Annual administration report of the Civil Veterinary Department of India - 1895-1896
Year: 1895
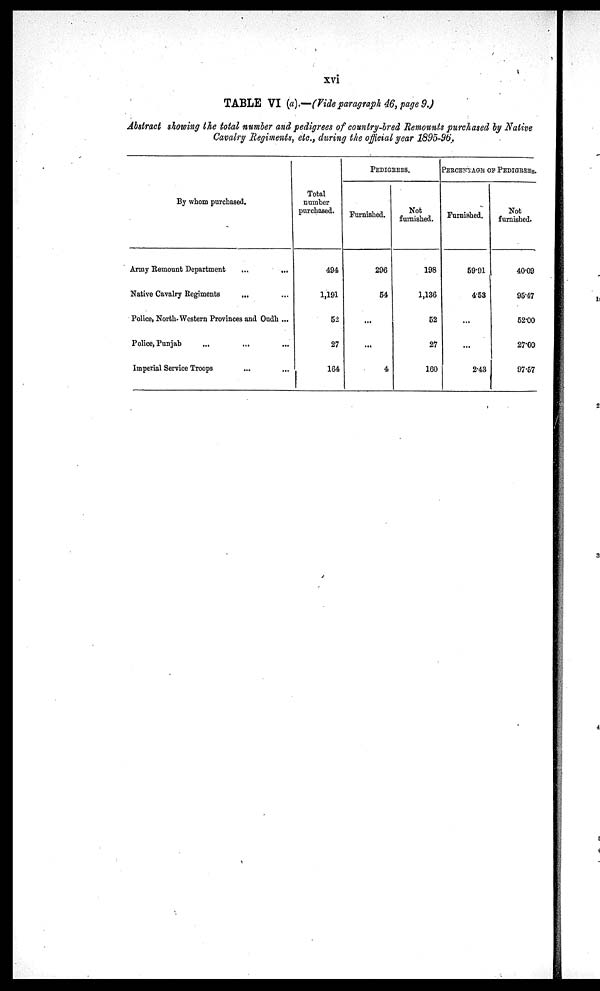
xvi
TABLE VI (a).—(Vide paragraph 46, page 9.)
Abstract showing the total number and pedigrees of country-bred Remounts purchased by Native
Cavalry Regiments, etc., during the official year 1895-96.
By whom purchased.
Army Remount Department
...
...
Native Cavalry Regiments
... ...
Police, North-Western Provinces and Oudh ...
Police, Punjab
... ... ...
Imperial Service Troops ... ...
Total
number
purchased.
494
1,191
52
27
164
PEDIGREES.
Furnished.
296
54
...
...
4
Not
furnished.
198
1,136
52
27
160
PERCENTAGE OF PEDIGREES.
Furnished.
59.91
4.53
...
...
2.43
Not
furnished.
40.09
95.47
52.00
27.00
97.57